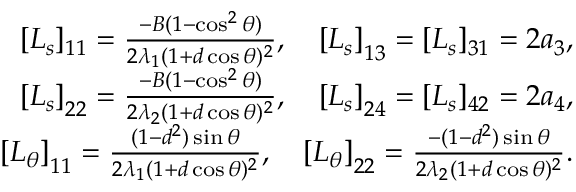
\begin{array} { r } { [ L _ { s } ] _ { 1 1 } = \frac { - B ( 1 - \cos ^ { 2 } \theta ) } { 2 \lambda _ { 1 } ( 1 + d \cos \theta ) ^ { 2 } } , \quad \left[ L _ { s } \right] _ { 1 3 } = [ L _ { s } ] _ { 3 1 } = 2 a _ { 3 } , } \\ { \left[ L _ { s } \right] _ { 2 2 } = \frac { - B ( 1 - \cos ^ { 2 } \theta ) } { 2 \lambda _ { 2 } ( 1 + d \cos \theta ) ^ { 2 } } , \quad \left[ L _ { s } \right] _ { 2 4 } = [ L _ { s } ] _ { 4 2 } = 2 a _ { 4 } , } \\ { \left[ L _ { \theta } \right] _ { 1 1 } = \frac { ( 1 - d ^ { 2 } ) \sin \theta } { 2 \lambda _ { 1 } ( 1 + d \cos \theta ) ^ { 2 } } , \quad \left[ L _ { \theta } \right] _ { 2 2 } = \frac { - ( 1 - d ^ { 2 } ) \sin \theta } { 2 \lambda _ { 2 } ( 1 + d \cos \theta ) ^ { 2 } } . } \end{array}